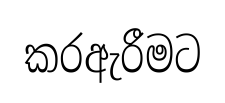
කරඇරීමට